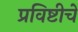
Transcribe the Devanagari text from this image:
प्रविष्टीचे